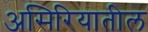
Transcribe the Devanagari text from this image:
असिरियातील